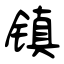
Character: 镇